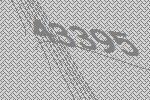
43395